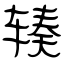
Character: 辏